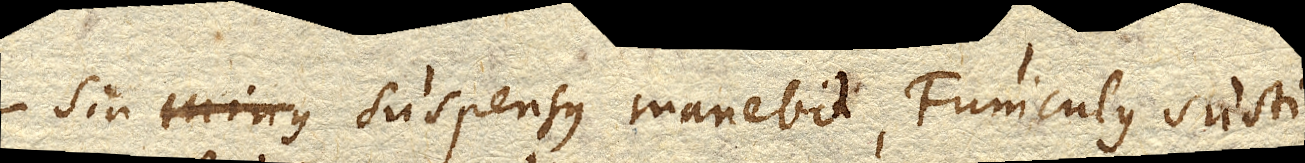
Sin minus suspensus manebit, Funculus susti